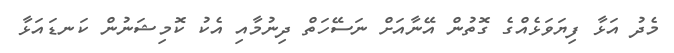
މެދު އަޅާ ފިޔަވަޅެއްގެ ގޮތުން އޭނާއަށް ނަސޭހަތް ދިނުމާއި އެކު ކޮމިޝަނުން ކަނޑައަޅާ